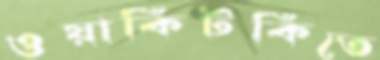
ওয়াকিটকিতে